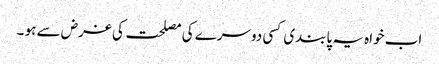
اب خواہ یہ پابندی کسی دوسرے کی مصلحت کی غرض سے ہو ۔